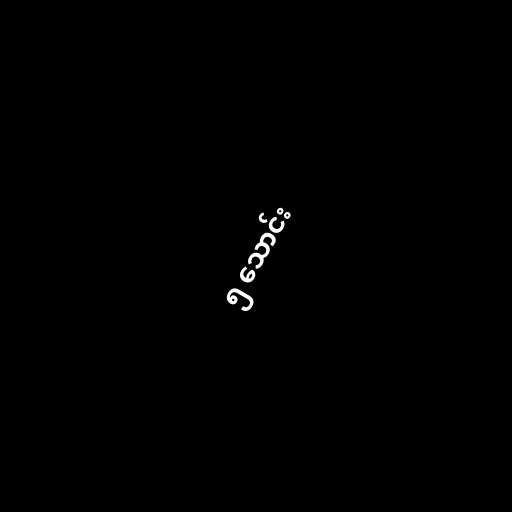
၅ သောင်း